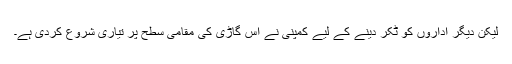
لیکن دیگر اداروں کو ٹکّر دینے کے لیے کمپنی نے اس گاڑی کی مقامی سطح پر تیاری شروع کردی ہے۔